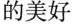
的美好